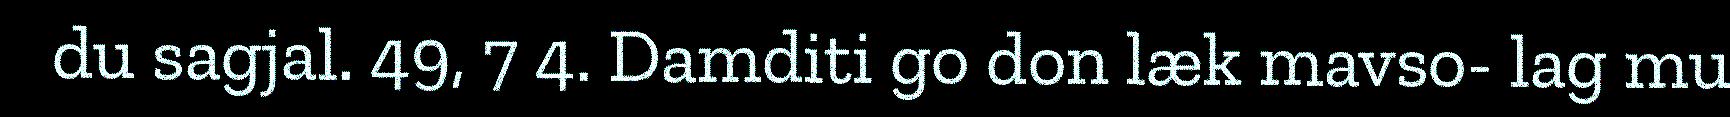
du sagjal. 49, 7 4. Damditi go don læk mavso- lag mu